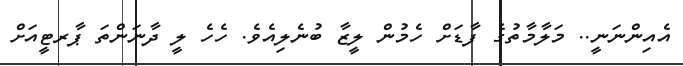
އެއިންނަނީ.. މަލާމާތުގެ ފާޑަށް ހެމުން ލީޒާ ބުނެލިއެވެ. ހެހެ ލީ ދާނަންތަ ޕާރޓީއަށް